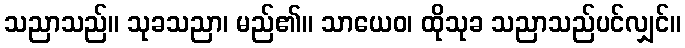
သညာသည်။ သုခသညာ၊ မည်၏။ သာယေဝ၊ ထိုသုခ သညာသည်ပင်လျှင်။